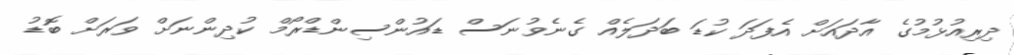
ދިރިއުޅުމުގެ އާދައަށް އެފަދަ ކުޑަ ބަދަލެއް ގެނެވުނަސް ޑައުންސިންޑްރޯމް ކުދިންނަށް ވަރަށް ބޮޑު